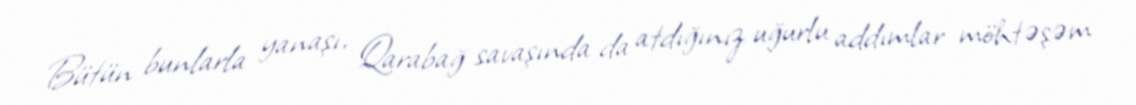
Bütün bunlarla yanaşı, Qarabağ savaşında da atdığınız uğurlu addımlar möhtəşəm